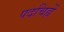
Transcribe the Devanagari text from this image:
पदचिह्नें